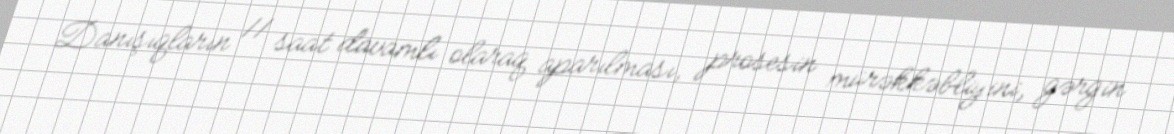
Danışıqların 11 saat davamlı olaraq aparılması, prosesin mürəkkəbliyini, gərgin